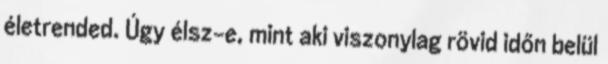
életrended. Úgy élsz-e, mint aki viszonylag rövid időn belül